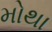
મોથા